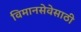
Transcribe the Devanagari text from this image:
विमानसेवेसाठी